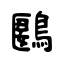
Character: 鶠